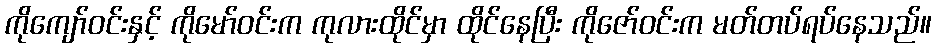
ကိုကျော်ဝင်းနှင့် ကိုမော်ဝင်းက ကုလားထိုင်မှာ ထိုင်နေပြီး ကိုဇော်ဝင်းက မတ်တပ်ရပ်နေသည်။